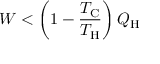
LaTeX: W < \left( 1 - { \frac { T _ { \mathrm { C } } } { T _ { \mathrm { H } } } } \right) Q _ { \mathrm { H } }